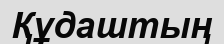
Құдаштың